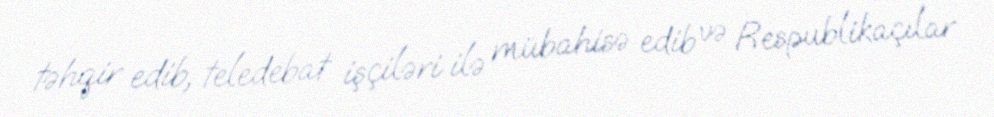
təhqir edib, teledebat işçiləri ilə mübahisə edib və Respublikaçılar